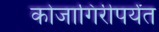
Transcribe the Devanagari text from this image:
कोजागिरीपर्यंत